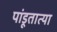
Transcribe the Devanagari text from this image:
पांडूतात्या